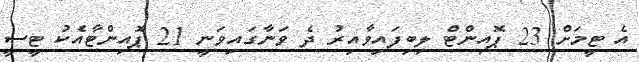
އެ ޓީމަށް 23 ޕޮއިންޓް ލިބިފައިވާއިރު ދެ ވަނާގައިވަނީ 21 ޕޮއިންޓާއެކު ޓީސީ